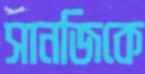
সানজিকে